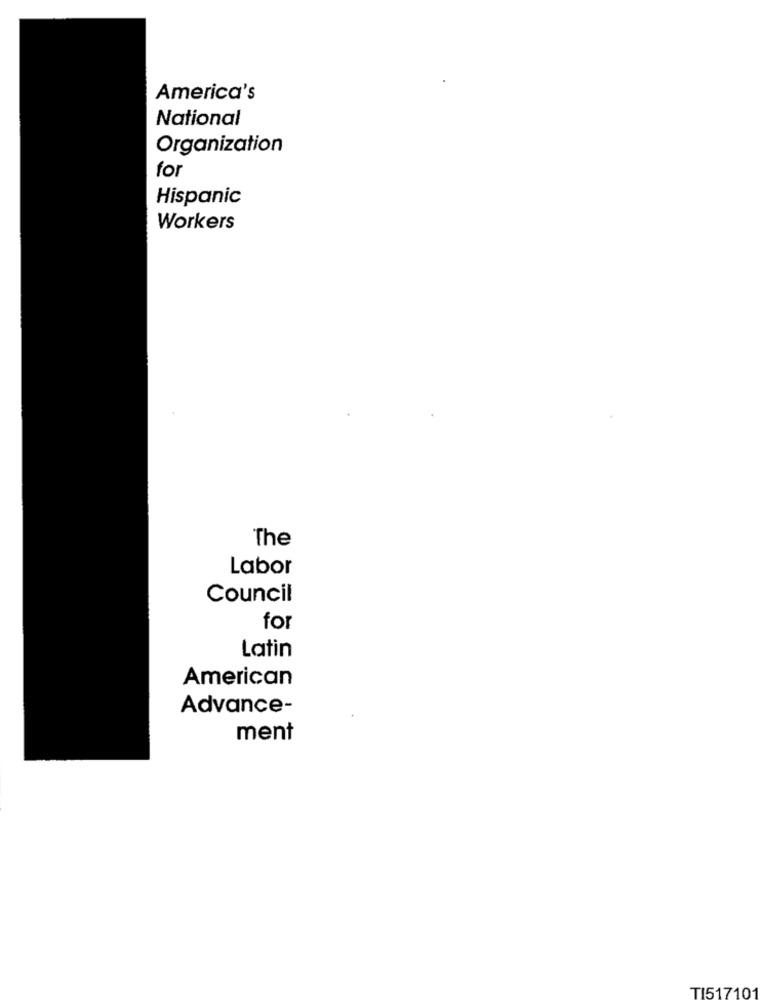
America's
National
Organization
for
Hispanic
Workers
The
Labor
Council
for
Latin
American
Advance-
ment
TI517101